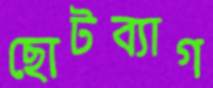
ছোটব্যাগ